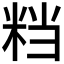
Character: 𥹥